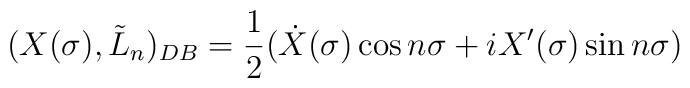
(X(\sigma),\tilde{L}_n)_{DB}=\frac{1}{2}(\dot{X}(\sigma)\cos n\sigma +iX'(\sigma)\sin n\sigma)